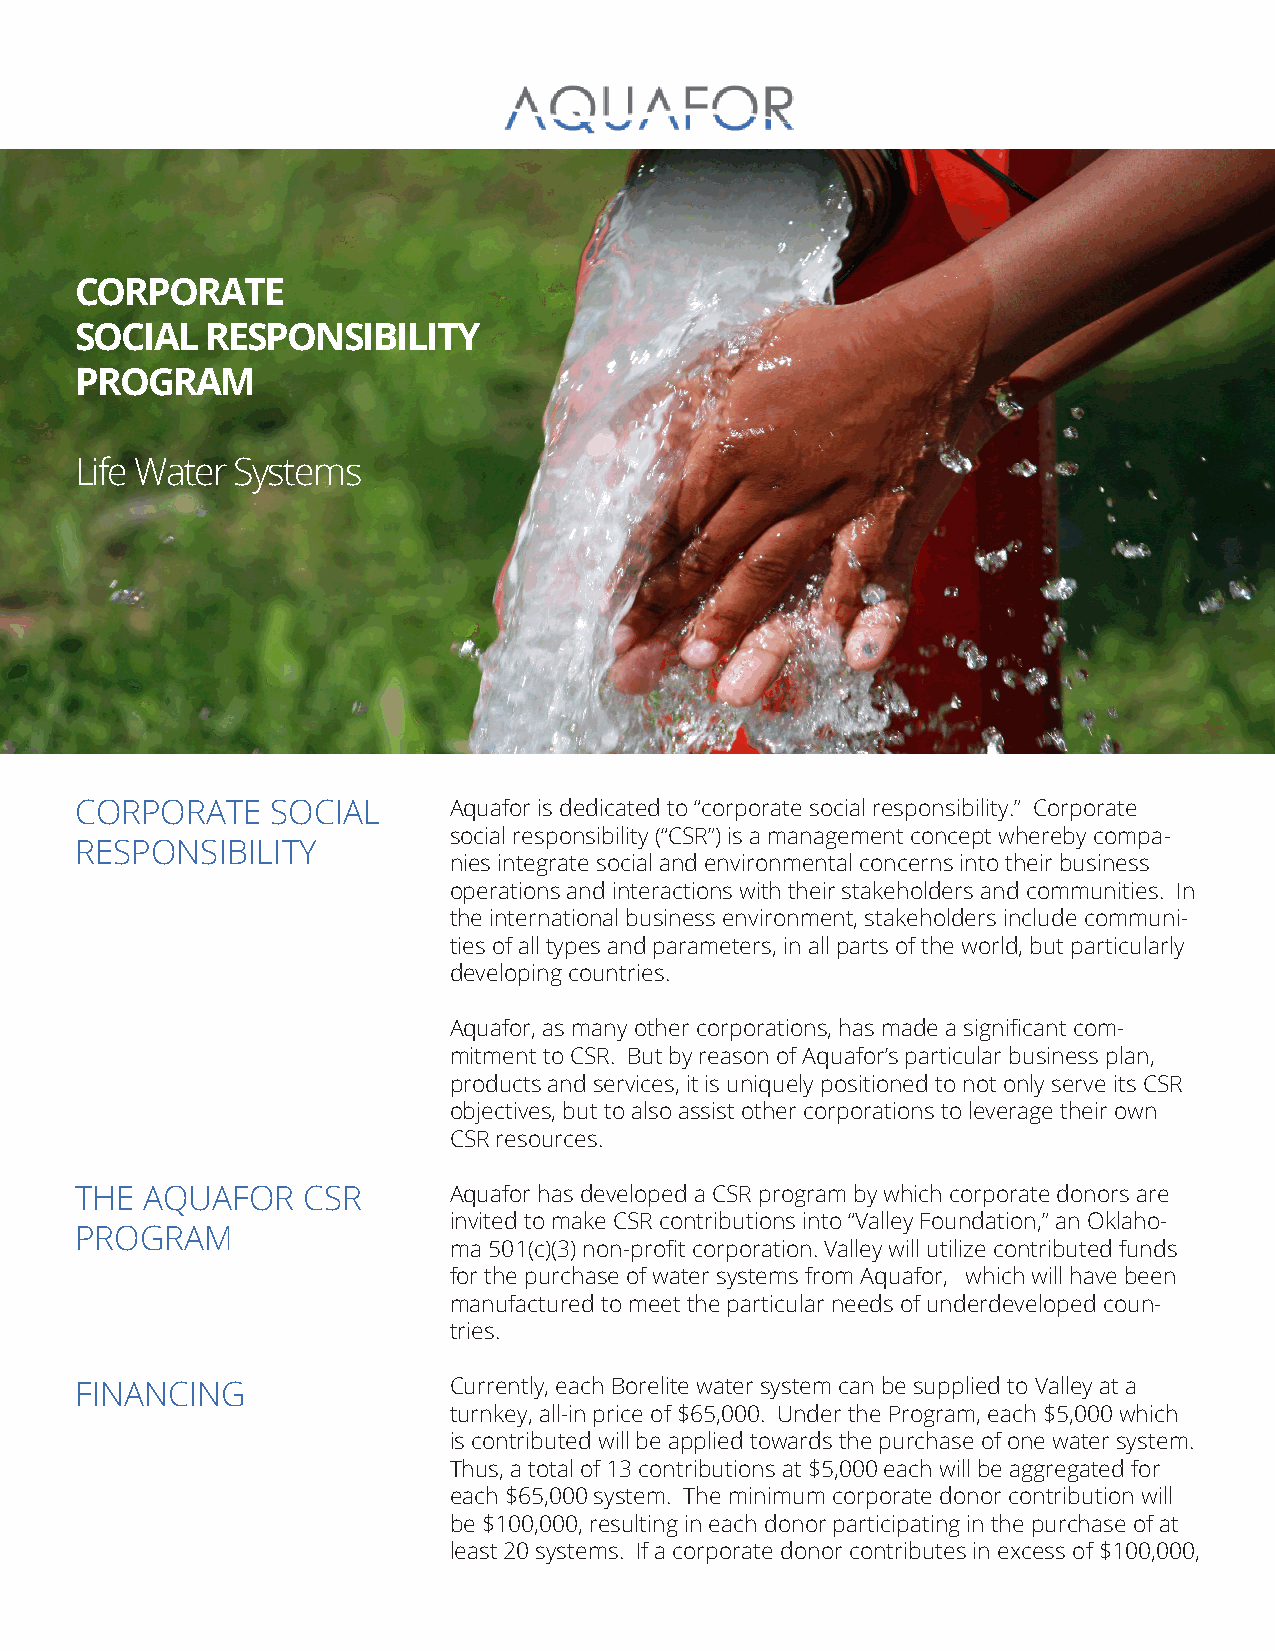
CORPORATE
 SOCIAL   RESPONSIBILITY
 PROGRAM
 Life Water Systems
 CORPORATE    SOCIAL      Aquafor is dedicated to “corporate social responsibility.” Corporate
 social responsibility (“CSR”) is a management concept whereby compa-
 RESPONSIBILITY
 nies integrate social and environmental concerns into their business
 operations and interactions with their stakeholders and communities. In
 the international business environment, stakeholders include communi-
 ties of all types and parameters, in all parts of the world, but particularly
 developing countries.
 Aquafor, as many other corporations, has made a significant com-
 mitment to CSR. But by reason of Aquafor’s particular business plan,
 products and services, it is uniquely positioned to not only serve its CSR
 objectives, but to also assist other corporations to leverage their own
 CSR resources.
 THE  AQUAFOR   CSR       Aquafor has developed a CSR program by which corporate donors are
 invited to make CSR contributions into “Valley Foundation,” an Oklaho-
 PROGRAM
 ma 501(c)(3) non-profit corporation. Valley will utilize contributed funds
 for the purchase of water systems from Aquafor, which will have been
 manufactured to meet the particular needs of underdeveloped coun-
 tries.
 FINANCING                Currently, each Borelite water system can be supplied to Valley at a
 turnkey, all-in price of $65,000. Under the Program, each $5,000 which
 is contributed will be applied towards the purchase of one water system.
 Thus, a total of 13 contributions at $5,000 each will be aggregated for
 each $65,000 system. The minimum corporate donor contribution will
 be $100,000, resulting in each donor participating in the purchase of at
 least 20 systems. If a corporate donor contributes in excess of $100,000,